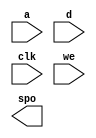
module tagmemX(
	a,
	d,
	clk,
	we,
	spo);


input [6 : 0] a;
input [21 : 0] d;
input clk;
input we;
output [21 : 0] spo;

// synthesis translate_off

      DIST_MEM_GEN_V5_1 #(
		.C_ADDR_WIDTH(7),
		.C_DEFAULT_DATA("0"),
		.C_DEPTH(128),
		.C_FAMILY("virtex5"),
		.C_HAS_CLK(1),
		.C_HAS_D(1),
		.C_HAS_DPO(0),
		.C_HAS_DPRA(0),
		.C_HAS_I_CE(0),
		.C_HAS_QDPO(0),
		.C_HAS_QDPO_CE(0),
		.C_HAS_QDPO_CLK(0),
		.C_HAS_QDPO_RST(0),
		.C_HAS_QDPO_SRST(0),
		.C_HAS_QSPO(0),
		.C_HAS_QSPO_CE(0),
		.C_HAS_QSPO_RST(0),
		.C_HAS_QSPO_SRST(0),
		.C_HAS_SPO(1),
		.C_HAS_SPRA(0),
		.C_HAS_WE(1),
		.C_MEM_INIT_FILE("no_coe_file_loaded"),
		.C_MEM_TYPE(1),
		.C_PARSER_TYPE(1),
		.C_PIPELINE_STAGES(0),
		.C_QCE_JOINED(0),
		.C_QUALIFY_WE(0),
		.C_READ_MIF(0),
		.C_REG_A_D_INPUTS(0),
		.C_REG_DPRA_INPUT(0),
		.C_SYNC_ENABLE(1),
		.C_WIDTH(22))
	inst (
		.A(a),
		.D(d),
		.CLK(clk),
		.WE(we),
		.SPO(spo),
		.DPRA(),
		.SPRA(),
		.I_CE(),
		.QSPO_CE(),
		.QDPO_CE(),
		.QDPO_CLK(),
		.QSPO_RST(),
		.QDPO_RST(),
		.QSPO_SRST(),
		.QDPO_SRST(),
		.DPO(),
		.QSPO(),
		.QDPO());


// synthesis translate_on

// XST black box declaration
// box_type "black_box"
// synthesis attribute box_type of tagmemX is "black_box"

endmodule